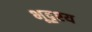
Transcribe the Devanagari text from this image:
भूदृश्‍य